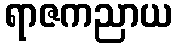
ရာဇကညာယ